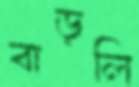
বাড়লি